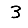
Digit: 3